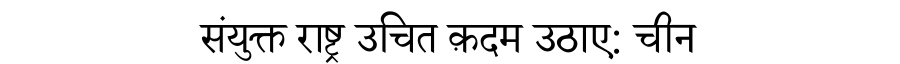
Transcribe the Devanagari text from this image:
संयुक्त राष्ट्र उचित क़दम उठाए: चीन